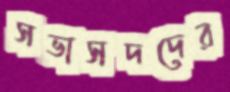
সভাসদদের